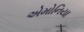
એમોનિયા